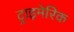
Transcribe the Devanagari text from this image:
ट्राइमेरिक